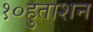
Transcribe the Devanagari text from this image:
१०हुताशन